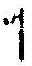
1